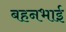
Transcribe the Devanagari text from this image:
बहनभाई